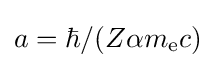
a=\hbar /(Z\alpha m_{\text{e}}c)